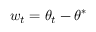
w _ { t } = \theta _ { t } - \theta ^ { * }